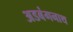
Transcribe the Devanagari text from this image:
अडबंगनाथ